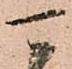
可